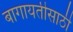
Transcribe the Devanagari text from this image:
बागायतीसाठी